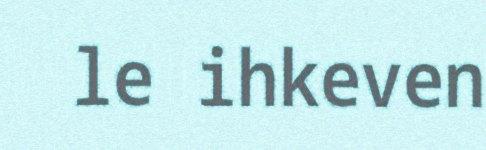
le ihkeven